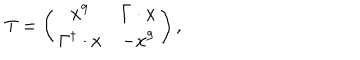
LaTeX: T = \left( \begin{matrix} { { x ^ { 9 } } } & { { \Gamma \cdot x } } \\ { { \Gamma ^ { \dagger } \cdot x } } & { { - x ^ { 9 } } } \\ \end{matrix} \right) ,